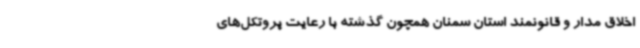
اخلاق مدار و قانونمند استان سمنان همچون گذشته با رعایت پروتکل‌های